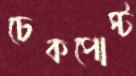
চেকপোস্ট